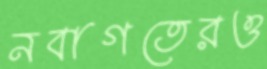
নবাগতেরও